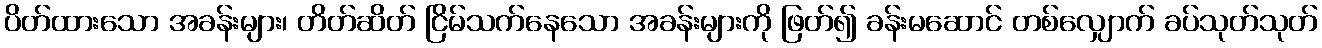
ပိတ်ထားသော အခန်းများ၊ တိတ်ဆိတ် ငြိမ်သက်နေသော အခန်းများကို ဖြတ်၍ ခန်းမဆောင် တစ်လျှောက် ခပ်သုတ်သုတ်